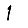
Digit: 1